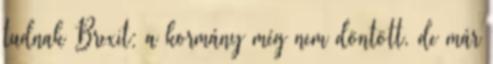
tudnak Brexit: a kormány még nem döntött, de már